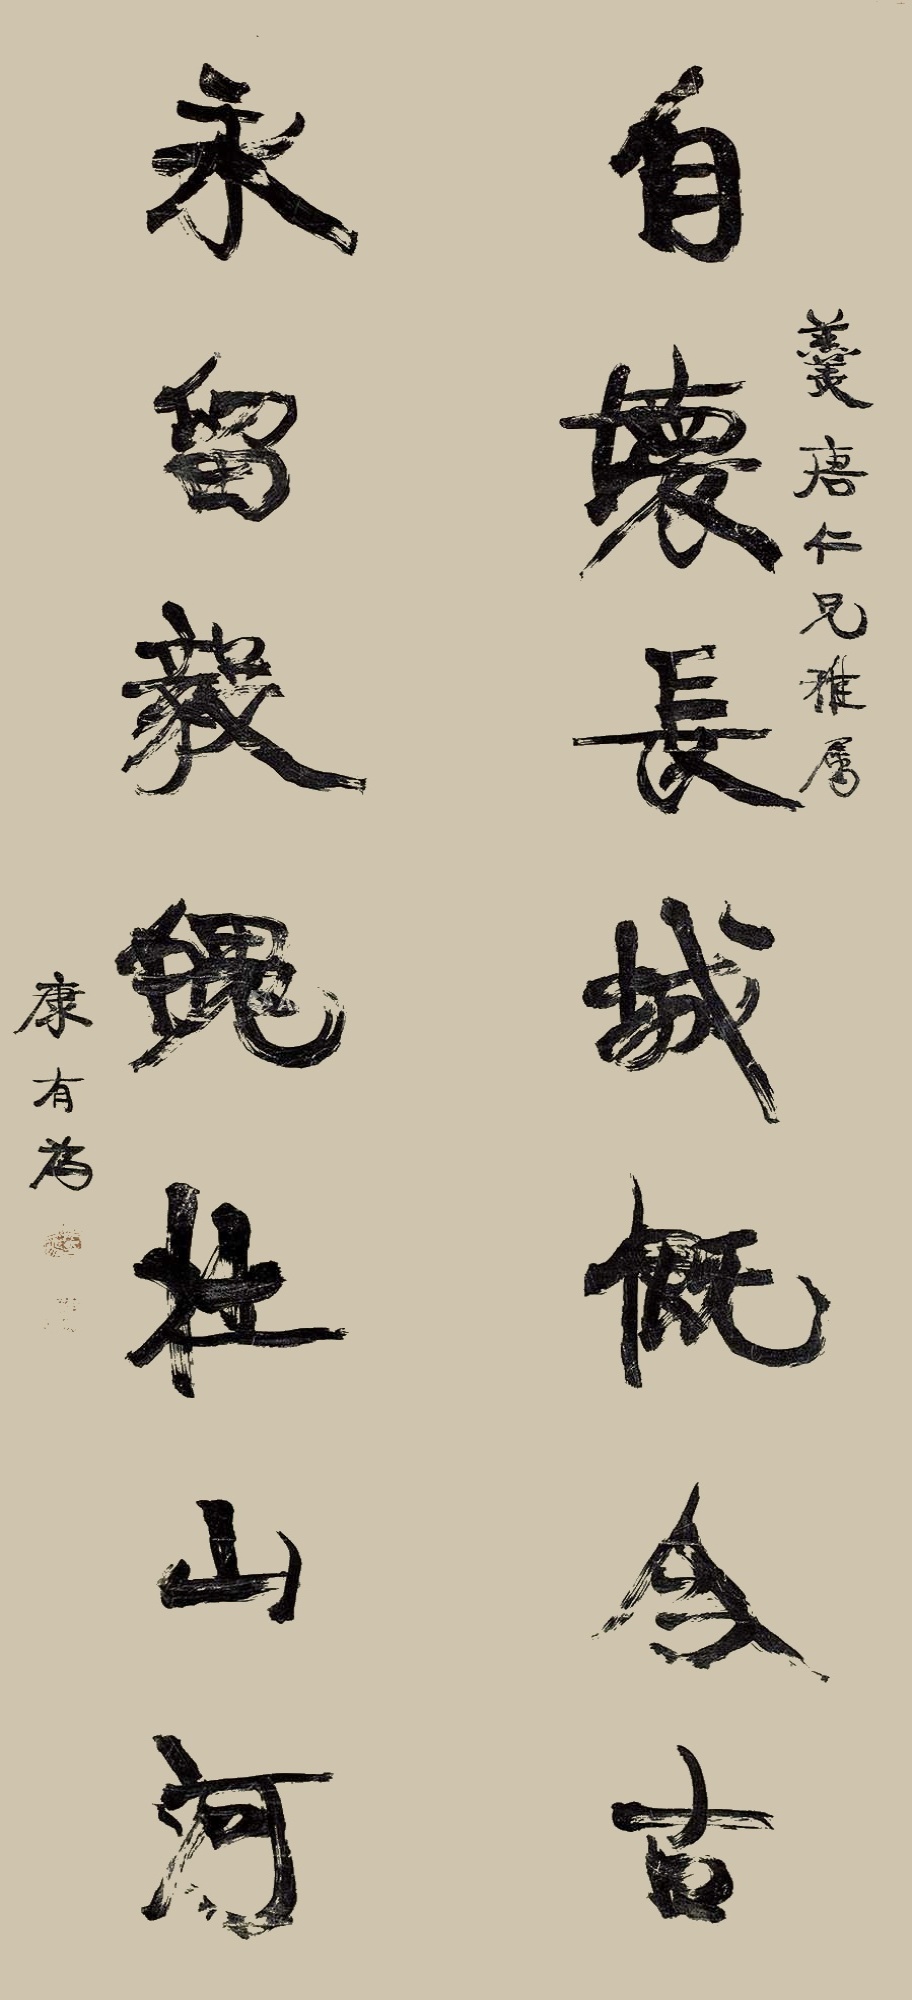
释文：自坏长城慨今古，勇留毅魄壮山河。羹唐仁兄雅属，康有为。